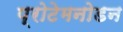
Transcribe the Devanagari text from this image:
प्रोटेमनोडन